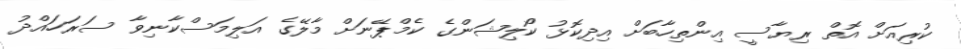
ކުރިއަށް އޮތް ރިޔާސީ އިންތިހާބަށް އިދިކޮޅު ކޯލިޝަންގެ ކެމްޕޭނަށް މާލޭގެ އަލިމަސްކާނިވާ ސަރަހައްދު